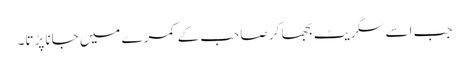
جب اسے سگریٹ بجھا کر صاحب کے کمرے میں جانا پڑتا۔